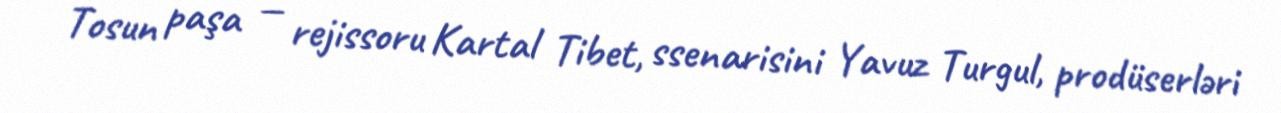
Tosun paşa — rejissoru Kartal Tibet, ssenarisini Yavuz Turgul, prodüserləri